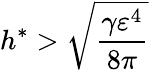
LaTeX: h^{\ast}>\sqrt[]{\frac{\gamma\varepsilon^{4}}{8\pi}}